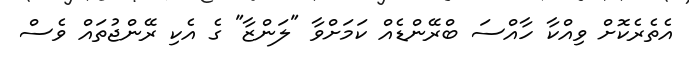
އެތެރެކޮށް ވިއްކާ ހާއްސަ ބްރޭންޑެއް ކަމަށްވާ "ލަންޒާ" ގެ އެކި ރޭންޖުތައް ވެސް